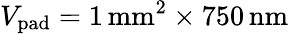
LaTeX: V_{\mathrm{pad}}=1\, \mathrm{mm}^{2}\times 750\, \mathrm{nm}